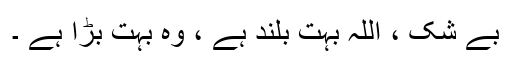
بے شک ، اللہ بہت بلند ہے ، وہ بہت بڑا ہے ۔